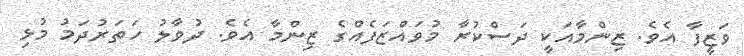
ވަޒީފާ އެވެ. ޒިންމާއަކީ ދަސްކުރާ މުވައްޒަފެއްގެ ޒިންމާ އެވެ. ދުވާލު ހަތަރުދަމު މުޅި